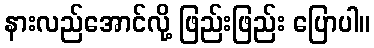
နားလည်အောင်လို့ ဖြည်းဖြည်း ပြောပါ။